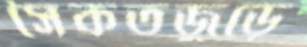
সৈকতজুড়ে